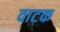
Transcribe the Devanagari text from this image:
वाटक